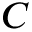
C